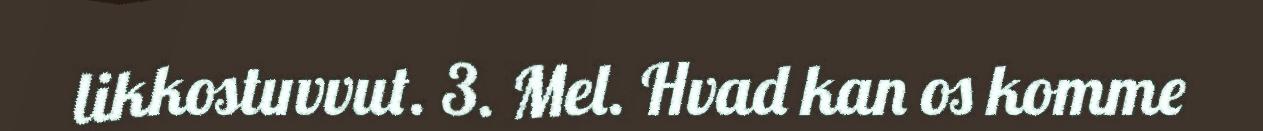
likkostuvvut. 3. Mel. Hvad kan os komme